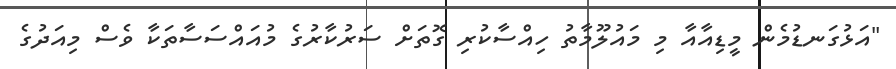
"އަޅުގަނޑުމެން މީޑިއާއާ މި މައުލޫމާތު ހިއްސާކުރި ގޮތަށް ސަރުކާރުގެ މުއައްސަސާތަކާ ވެސް މިއަދުގެ